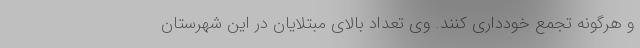
و هرگونه تجمع خودداری کنند. وی تعداد بالای مبتلایان در این شهرستان